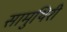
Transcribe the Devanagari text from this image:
सामुथिरी